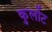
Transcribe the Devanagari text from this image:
कुर्लोट